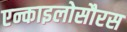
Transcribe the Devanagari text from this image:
एन्काइलोसौरस